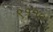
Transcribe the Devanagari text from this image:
९११०